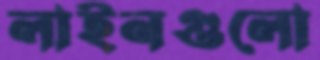
লাইনগুলো